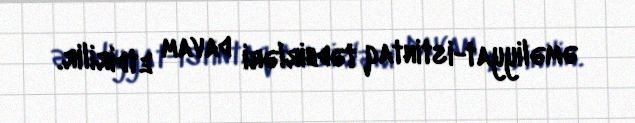
əməliyyat-istintaq tədbirləri davam etdirilir.